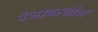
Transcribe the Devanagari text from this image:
पंजाबम्धील